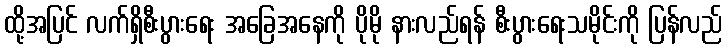
ထို့အပြင် လက်ရှိစီးပွားရေး အခြေအနေကို ပိုမို နားလည်ရန် စီးပွားရေးသမိုင်းကို ပြန်လည်